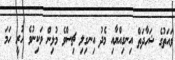
ވައަތުގެ ޝަހާދަތް އިނގިއްޔާއި މެދު އިނގިލި ޗިސްވެ މުޅިން ވަކިނުވެ ހުރީ ހަމަ